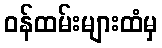
ဝန်ထမ်းများထံမှ